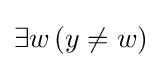
\exists w\,(y\not =w)